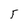
Character: 5